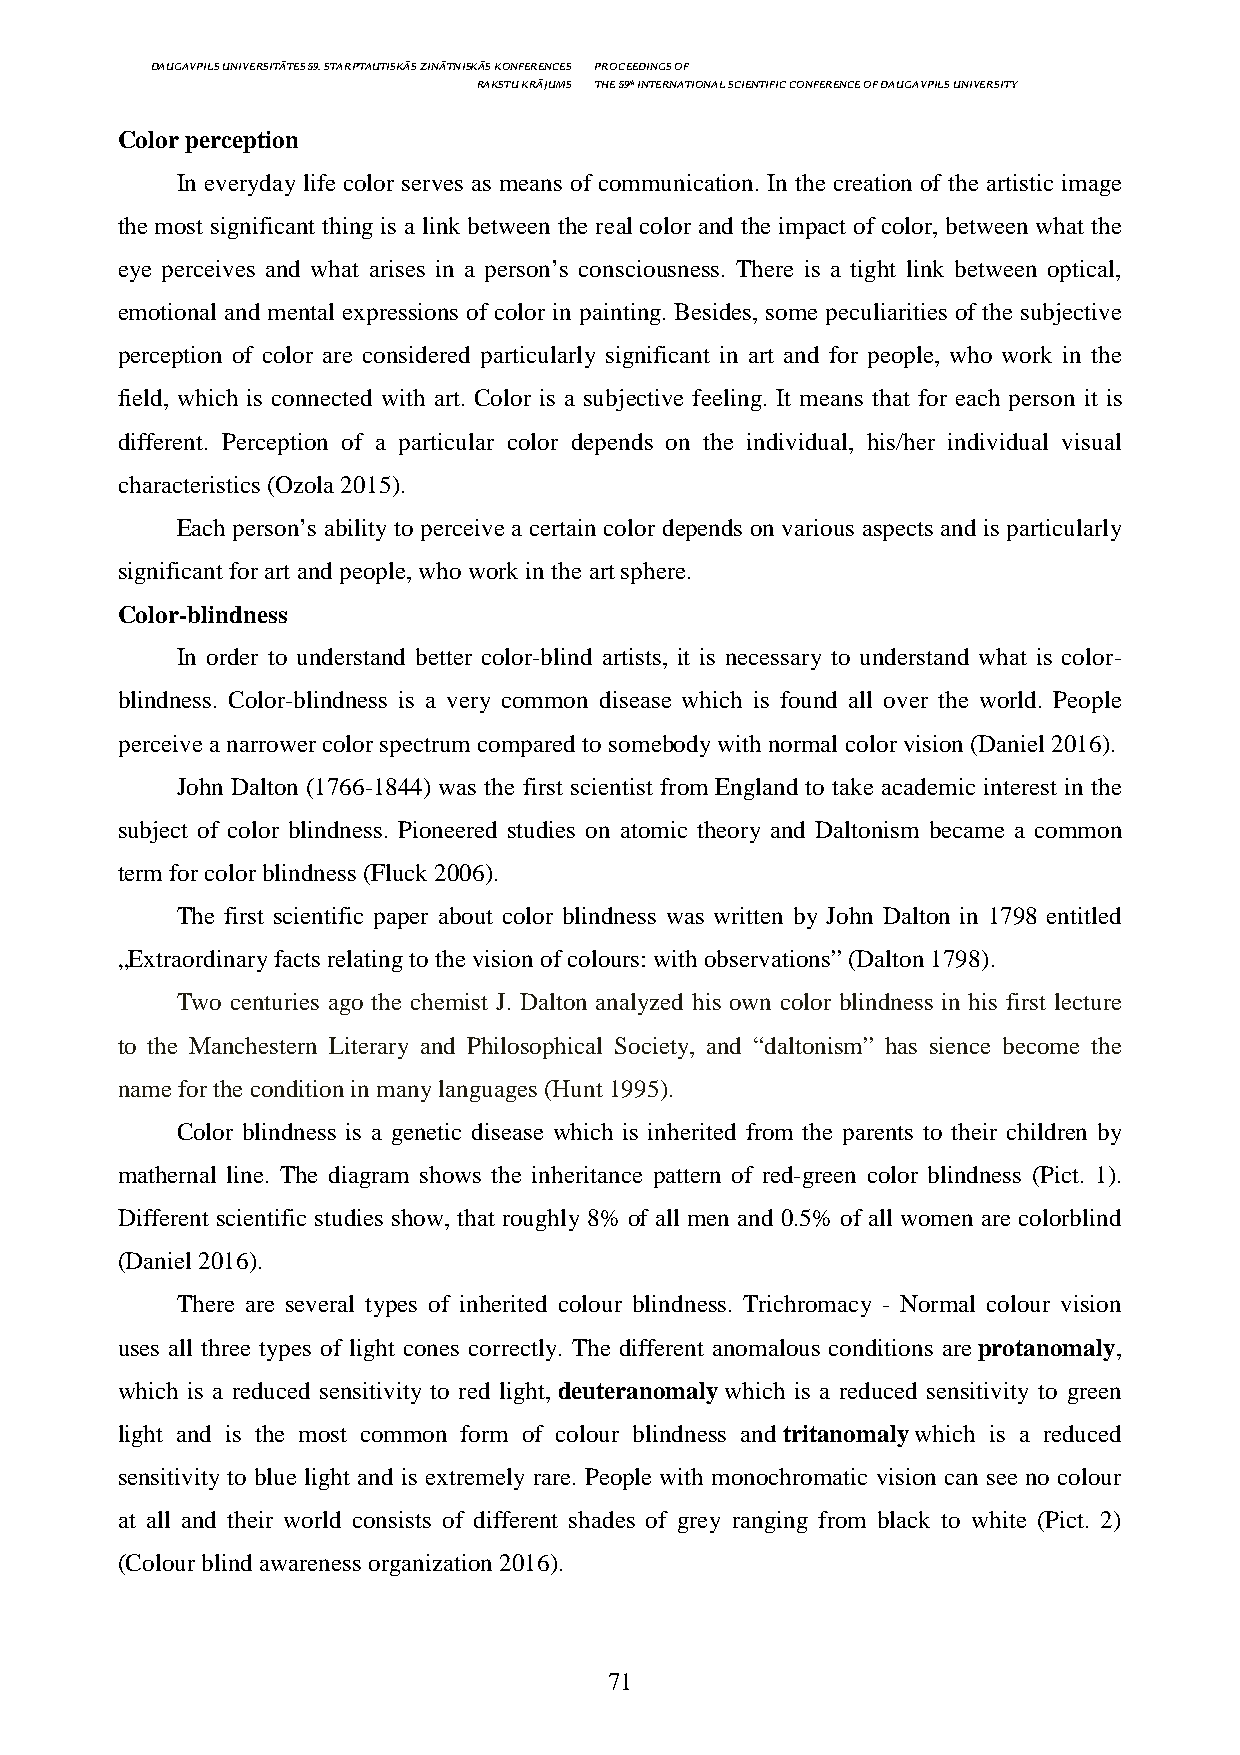
DAUGAVPILS UNIVERSITĀTES 59. STARPTAUTISKĀS ZINĀTNISKĀS KONFERENCES PROCEEDINGS OF
 RAKSTU KRĀJUMS THE 59th INTERNATIONAL SCIENTIFIC CONFERENCE OF DAUGAVPILS UNIVERSITY
 Color perception
 In everyday life color serves as means of communication. In the creation of the artistic image
 the most significant thing is a link between the real color and the impact of color, between what the
 eye perceives and what arises in a person’s consciousness. There is a tight link between optical,
 emotional and mental expressions of color in painting. Besides, some peculiarities of the subjective
 perception of color are considered particularly significant in art and for people, who work in the
 field, which is connected with art. Color is a subjective feeling. It means that for each person it is
 different. Perception of a particular color depends on the individual, his/her individual visual
 characteristics (Ozola 2015).
 Each person’s ability to perceive a certain color depends on various aspects and is particularly
 significant for art and people, who work in the art sphere.
 Color-blindness
 In order to understand better color-blind artists, it is necessary to understand what is color-
 blindness. Color-blindness is a very common disease which is found all over the world. People
 perceive a narrower color spectrum compared to somebody with normal color vision (Daniel 2016).
 John Dalton (1766-1844) was the first scientist from England to take academic interest in the
 subject of color blindness. Pioneered studies on atomic theory and Daltonism became a common
 term for color blindness (Fluck 2006).
 The first scientific paper about color blindness was written by John Dalton in 1798 entitled
 „Extraordinary facts relating to the vision of colours: with observations” (Dalton 1798).
 Two centuries ago the chemist J. Dalton analyzed his own color blindness in his first lecture
 to the Manchestern Literary and Philosophical Society, and “daltonism” has sience become the
 name for the condition in many languages (Hunt 1995).
 Color blindness is a genetic disease which is inherited from the parents to their children by
 mathernal line. The diagram shows the inheritance pattern of red-green color blindness (Pict. 1).
 Different scientific studies show, that roughly 8% of all men and 0.5% of all women are colorblind
 (Daniel 2016).
 There are several types of inherited colour blindness. Trichromacy - Normal colour vision
 uses all three types of light cones correctly. The different anomalous conditions are protanomaly,
 which is a reduced sensitivity to red light, deuteranomaly which is a reduced sensitivity to green
 light and is the most common form of colour blindness and tritanomaly which is a reduced
 sensitivity to blue light and is extremely rare. People with monochromatic vision can see no colour
 at all and their world consists of different shades of grey ranging from black to white (Pict. 2)
 (Colour blind awareness organization 2016).
 71